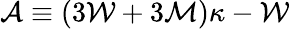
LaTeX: {\cal A}\equiv(3{\cal W}+3{\cal M})\kappa-{\cal W}